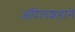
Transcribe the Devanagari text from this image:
अदिलशहाने